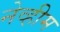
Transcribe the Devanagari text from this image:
नेव्हीम